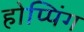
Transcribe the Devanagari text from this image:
होप्पिंग